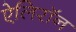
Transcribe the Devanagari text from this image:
ऐलिरॉन